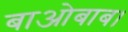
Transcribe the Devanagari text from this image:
बाओबाब।